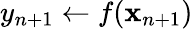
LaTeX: y_{n+1}\leftarrow f(\mathbf{x}_{n+1})